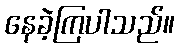
နေခဲ့ကြပါသည်။